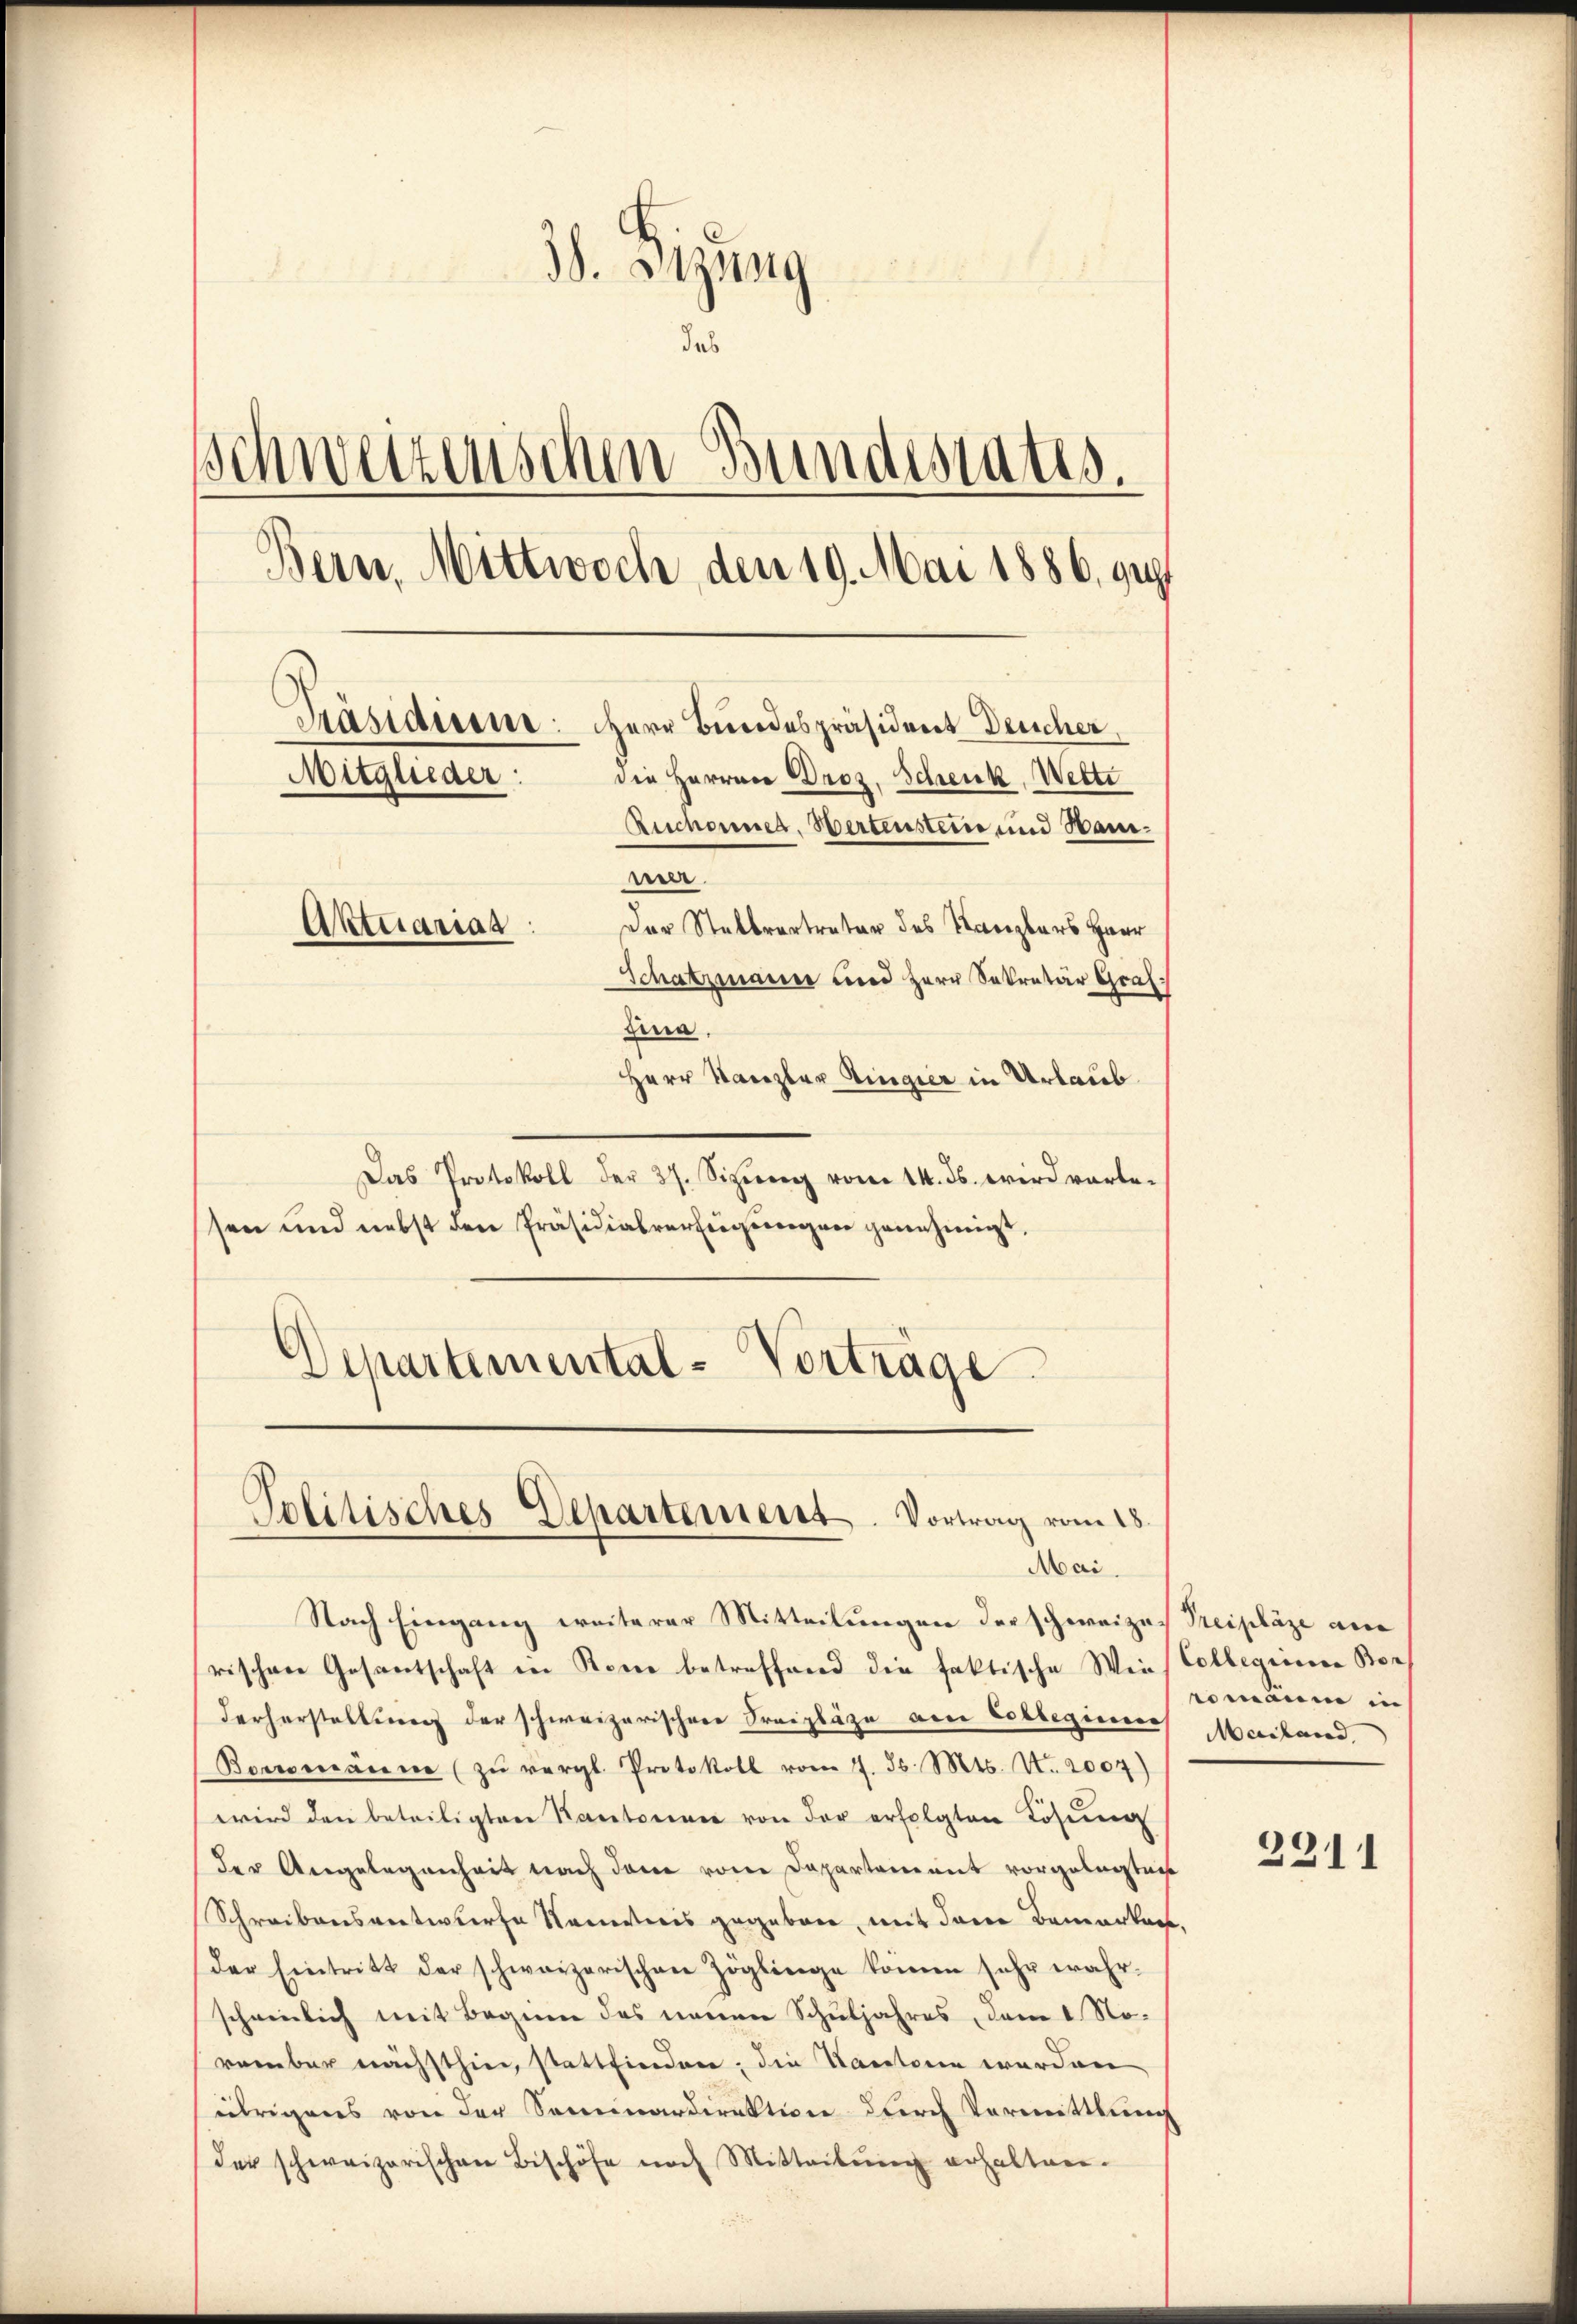
38. Sitzung
885
das
schweizerischen Bundestates,
Bern, Mittwoch, den 19. Mai 1886, gut
Präsident: Herr Bundespräsident Deucher,
Mitglieder:
die Herrn Droz, Schenk, Wette
Ruchonner, Wertenstein und Sanine.
Der Stellvertreter des Kanzlers Haar
Aktuariat
Schatzmann und Herr Sekretär Graf
Zina.
Herr Kanzler Ringier in Urlaub

Das Protokoll der 37. Sizung vom 14. ds. wird vorlessen und nebst den Präsidialverfeigungen genehmigt,
Departemental-Vorträge.

Politisches Departement. Vortrag vom 18.
Mai.

Nach Eingang weiterer Mitteilungen der schweizer Preipläze ane
rischen Gesantschaft in Kone betreffend die faktische Wie (Collegienen Ber
derherstellung der schweizerischene Freizläge am Collegieres Mailand,
Boromanne (zŭ vergl. Protokoll vom 7. ds. Mts. N. 2004)
wird den beteiligten Kantone von der erfolgten Lösung
der Angelegenheit nach dem von Departement vorgelegten
Schreibensvertwurfe Namenticis gegeben, mit dere Bemerken.
der Eintritt der schweizerischen Zöglinge komm sehr wahr-
scheinlich mit Begnen des neuen Schuljahres, dem 1. Norennbar nächsthier, stattfindere, die Kantonen werden
übrigens von der Seminardirektion durch Vormittlung
der schweizerischen Bischöfe nach Mitteilŭng erhalten.

romanne in

2311